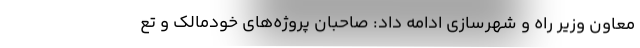
معاون وزیر راه و شهرسازی ادامه داد: صاحبان پروژه‌های خودمالک و تع